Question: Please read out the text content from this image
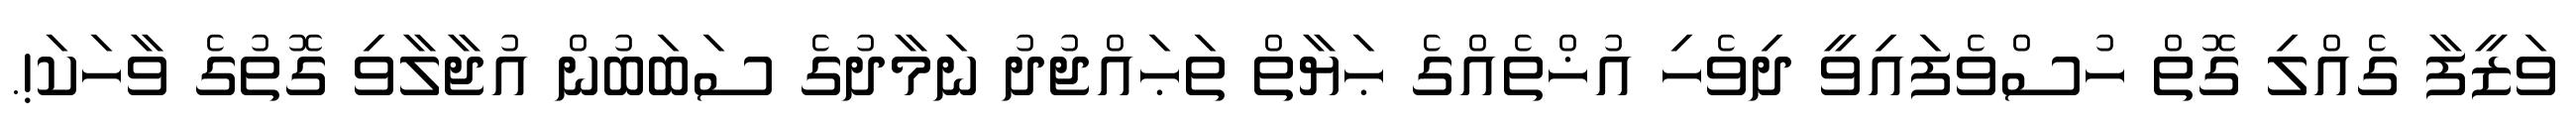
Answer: ވަޒީފާ ގެއްލި ގޮތް ހުސްވެފައިވީ ދިވެހި އުޚްތެއްގެ ޙަޔާތް ތަޙައްޖުދު ނަމާދުގެ ސަބަބުން އުޖާލާވި ގޮތުގެ ވާހަކަ!.